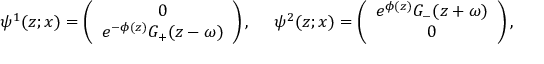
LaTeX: \psi ^ { 1 } ( z ; x ) = \left( \begin{array} { c r } { { 0 } } \\ { { e ^ { - \phi ( z ) } G _ { + } ( z - \omega ) } } \end{array} \right) , ~ ~ ~ ~ \psi ^ { 2 } ( z ; x ) = \left( \begin{array} { c r } { { e ^ { \phi ( z ) } G _ { - } ( z + \omega ) } } \\ { { 0 } } \end{array} \right) ,